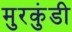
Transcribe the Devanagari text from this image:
मुरकुंडी